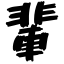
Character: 輩